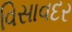
વિસાવદર